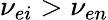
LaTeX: \nu_{ei}>\nu_{en}